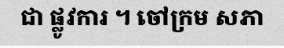
ជា ផ្លូវការ ។ ចៅក្រម សភា